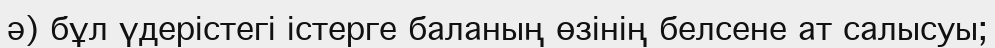
ә) бұл үдерістегі істерге баланың өзінің белсене ат салысуы;